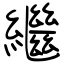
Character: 繼